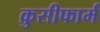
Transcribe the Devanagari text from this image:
क्रुसीफार्म